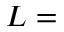
L =